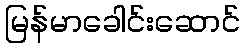
မြန်မာခေါင်းဆောင်